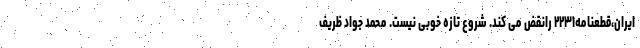
ایران،قطعنامه٢٢٣١ رانقض می کند. شروع تازه خوبی نیست. محمد جواد ظریف